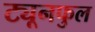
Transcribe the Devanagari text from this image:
ट्यूनफुल